Problem: 2 × 3 = ?
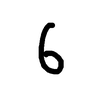
Handwritten answer: 6